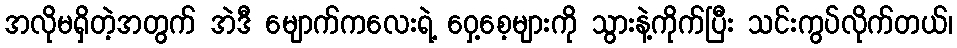
အလိုမရှိတဲ့အတွက် အဲဒီ မျောက်ကလေးရဲ့ ဝှေ့စေ့များကို သွားနဲ့ကိုက်ပြီး သင်းကွပ်လိုက်တယ်၊